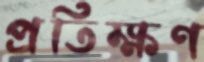
প্রতিক্ষণ